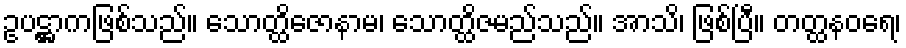
ဥပဋ္ဌာကဖြစ်သည်။ သောတ္ထိဇောနာမ၊ သောတ္ထိဇမည်သည်။ အာသိ၊ ဖြစ်ပြီ။ တတ္ထနဝရေ၊